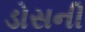
ડોસની